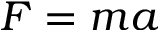
F = m a